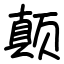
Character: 颠